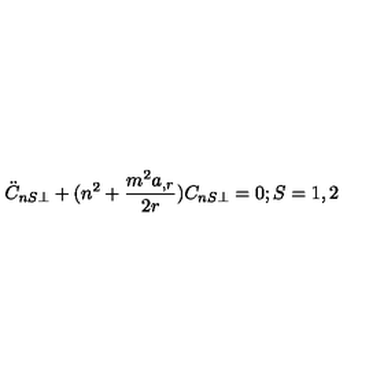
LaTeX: \ddot { C } _ { n S \perp } + ( n ^ { 2 } + \frac { m ^ { 2 } a _ { , r } } { 2 r } ) C _ { n S \perp } = 0 ; S = 1 , 2